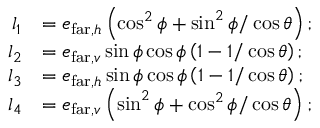
\begin{array} { r l } { l _ { 1 } } & { = e _ { \mathrm { f a r } , h } \left( \cos ^ { 2 } \phi + \sin ^ { 2 } \phi / \cos \theta \right) ; } \\ { l _ { 2 } } & { = e _ { \mathrm { f a r } , v } \sin \phi \cos \phi \left( 1 - 1 / \cos \theta \right) ; } \\ { l _ { 3 } } & { = e _ { \mathrm { f a r } , h } \sin \phi \cos \phi \left( 1 - 1 / \cos \theta \right) ; } \\ { l _ { 4 } } & { = e _ { \mathrm { f a r } , v } \left( \sin ^ { 2 } \phi + \cos ^ { 2 } \phi / \cos \theta \right) ; } \end{array}